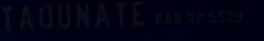
TAOUNATE PAORP532